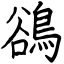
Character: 鵒